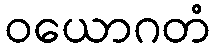
ဝယောဂတံ